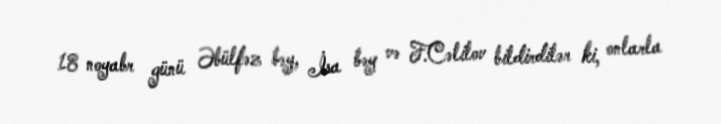
18 noyabr günü Əbülfəz bəy, İsa bəy və F.Cəlilov bildirdilər ki, onlarla